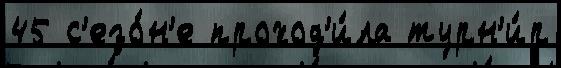
45 с'езо́н'е проход'и́ла турн'и́р